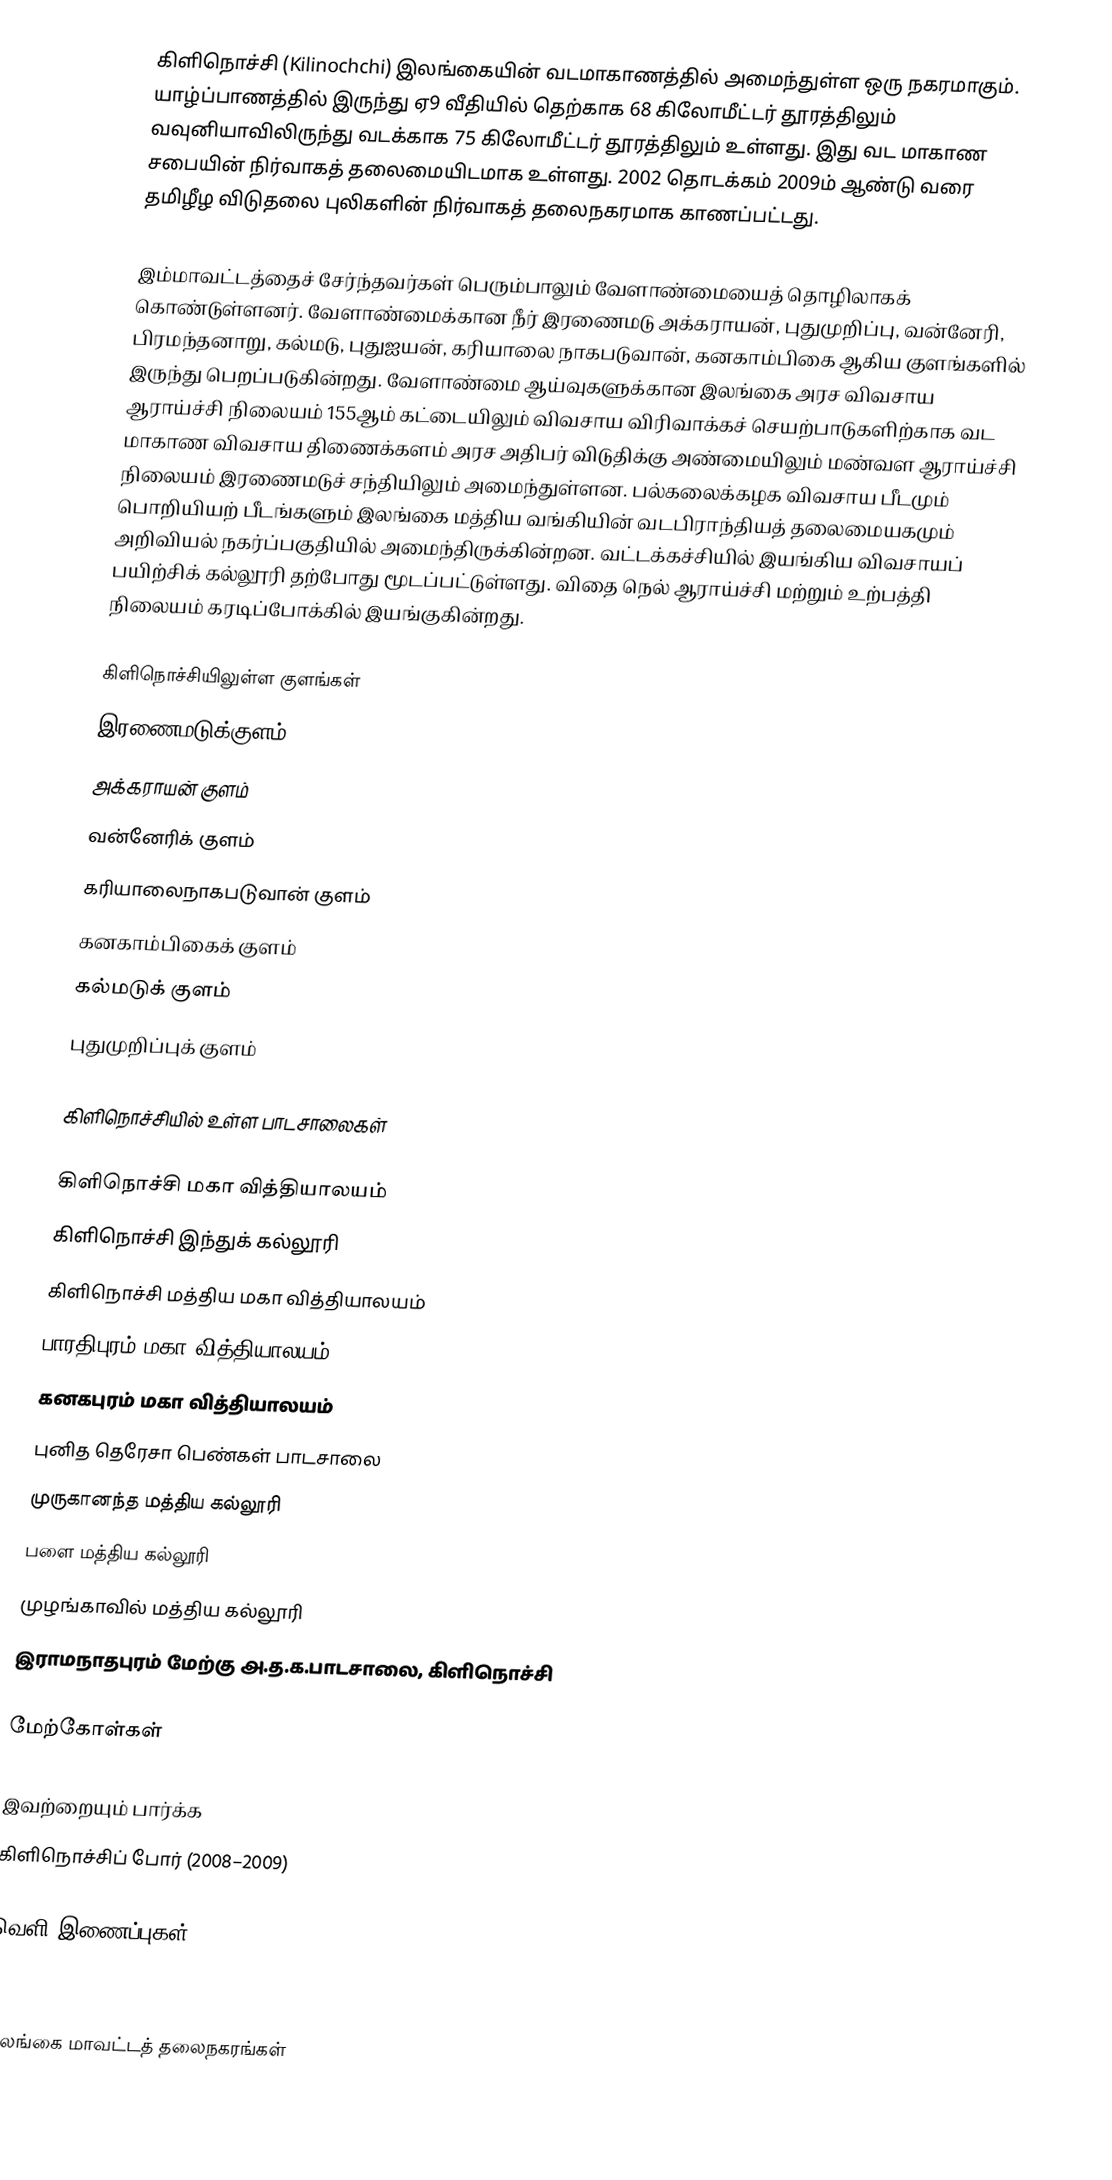
கிளிநொச்சி (Kilinochchi) இலங்கையின் வடமாகாணத்தில் அமைந்துள்ள ஒரு நகரமாகும். யாழ்ப்பாணத்தில் இருந்து ஏ9 வீதியில் தெற்காக 68 கிலோமீட்டர் தூரத்திலும் வவுனியாவிலிருந்து வடக்காக 75 கிலோமீட்டர் தூரத்திலும் உள்ளது. இது வட மாகாண சபையின் நிர்வாகத் தலைமையிடமாக உள்ளது. 2002 தொடக்கம் 2009ம் ஆண்டு வரை தமிழீழ விடுதலை புலிகளின் நிர்வாகத் தலைநகரமாக காணப்பட்டது.

இம்மாவட்டத்தைச் சேர்ந்தவர்கள் பெரும்பாலும் வேளாண்மையைத் தொழிலாகக் கொண்டுள்ளனர். வேளாண்மைக்கான நீர் இரணைமடு அக்கராயன், புதுமுறிப்பு, வன்னேரி, பிரமந்தனாறு, கல்மடு, புதுஐயன், கரியாலை நாகபடுவான், கனகாம்பிகை ஆகிய குளங்களில் இருந்து பெறப்படுகின்றது. வேளாண்மை ஆய்வுகளுக்கான இலங்கை அரச விவசாய ஆராய்ச்சி நிலையம் 155ஆம் கட்டையிலும் விவசாய விரிவாக்கச் செயற்பாடுகளிற்காக வட மாகாண விவசாய திணைக்களம் அரச அதிபர் விடுதிக்கு அண்மையிலும் மண்வள ஆராய்ச்சி நிலையம் இரணைமடுச் சந்தியிலும் அமைந்துள்ளன. பல்கலைக்கழக விவசாய பீடமும் பொறியியற் பீடங்களும் இலங்கை மத்திய வங்கியின் வடபிராந்தியத் தலைமையகமும் அறிவியல் நகர்ப்பகுதியில் அமைந்திருக்கின்றன. வட்டக்கச்சியில் இயங்கிய விவசாயப் பயிற்சிக் கல்லூரி தற்போது மூடப்பட்டுள்ளது. விதை நெல் ஆராய்ச்சி மற்றும் உற்பத்தி நிலையம் கரடிப்போக்கில் இயங்குகின்றது.

கிளிநொச்சியிலுள்ள குளங்கள்
இரணைமடுக்குளம்
அக்கராயன் குளம்
வன்னேரிக் குளம்
கரியாலைநாகபடுவான் குளம்
கனகாம்பிகைக் குளம்
கல்மடுக் குளம்
புதுமுறிப்புக் குளம்

கிளிநொச்சியில் உள்ள பாடசாலைகள்

கிளிநொச்சி மகா வித்தியாலயம்
கிளிநொச்சி இந்துக் கல்லூரி
கிளிநொச்சி மத்திய மகா வித்தியாலயம்
பாரதிபுரம் மகா வித்தியாலயம்
கனகபுரம் மகா வித்தியாலயம்
புனித தெரேசா பெண்கள் பாடசாலை
முருகானந்த மத்திய கல்லூரி
பளை மத்திய கல்லூரி
முழங்காவில் மத்திய கல்லூரி
இராமநாதபுரம் மேற்கு அ.த.க.பாடசாலை, கிளிநொச்சி

மேற்கோள்கள்

இவற்றையும் பார்க்க
 கிளிநொச்சிப் போர் (2008–2009)

வெளி இணைப்புகள்

இலங்கை மாவட்டத் தலைநகரங்கள்